Lunatic asylums Madras 1892-1911 - 1892-1911
Year: 1892
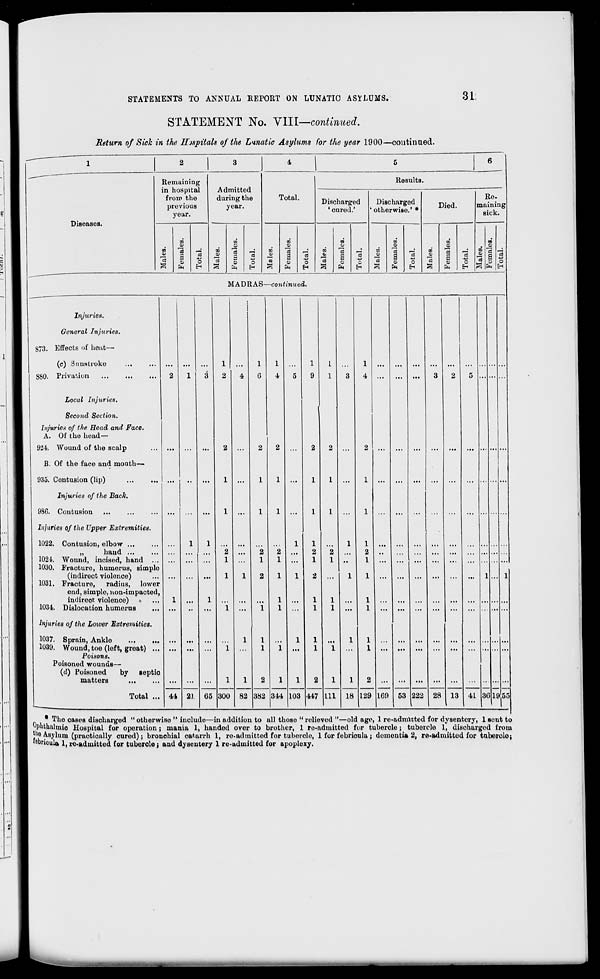
STATEMENTS TO ANNUAL REPORT ON LUNATIC ASYLUMS.
31
STATEMENT No. VIII—continued.
Return of Sick in the Hjspitals of the Lunatic Asylums for the year 1900—continued.
1
2
3
4
1
5
6
Remaining
in hospital
Admitted
Results.
Diseases.
from the
previous
year.
during the
year.
Total
Discharged
1 cured.'
Discharged
' otherwise.' *
Died.
Re-
maining
sick.
■h
00
CO
09
CO
oo
CO
co
o
CO
O
CO
o
CO
d
CO
d
00
d
09
cS
00
d
00
rrt
rS
a
d
0)
a d CD a d Of B d OJ a d CO a d
"3
8
a d
S
CO
o
>3
EH
o
E-
03
EH
o
d
CS
H
a C9
EM
O
a CO
EH
o
EH
EH
O
E-t
MADRAS—continued.
Injuries.
General Injuries.
873. Effects of heat—
(c) Sunstroke
S80. Privation
Local Injuries.
Second Section.
Injuries of the Head and Face.
A. Of the head—
924. Wound of the scalp
B. Of the face and mouth—
935. Contusion (lip)
Injuries of the Back.
98G. Contusion
Injuries of the Upper Extremities.
1022. Contusion, elbow ...
„
hand ...
1024. Wound, incised, hand ...
1030. Fracture, humerus, simple
(indirect violence)
1031. Fracture, radius, lower
end, simple, non-impacted,
indireot violence)
1034. Dislocation humerus
Injuries of the Lower 'Extremities.
1037. Sprain, Ankle
1039. Wound, toe (left, great) ...
Poisons.
Poisoned wounds—
(d) Poisoned
by septic
matters
Total ... 44 21 65 300 82 382 344 103 447 111 18 129 169 53 222 28 13 41 86 LQ
• The cases discharged " otherwise " include—in addition to all thoso " relieved "—old age, 1 ro-adniltted for dysentory, 1 sent to
Oputhalmio Hospital for operation; mania 1, handed over to brother, 1 re-admitted for tubercle ; tubercle 1, discharged from
jhe Asylum (practically oured); bronchial catarrh 1, ro-admittod for tuborclo, 1 for febrioula ; domontia 2, ro-admitted for tuberoloj
febricula 1, re-admitted for tuberole j and dysentery 1 re-udmitted for apoplexy.